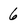
Character: 6